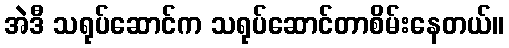
အဲဒီ သရုပ်ဆောင်က သရုပ်ဆောင်တာစိမ်းနေတယ်။